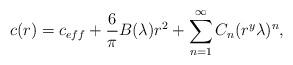
LaTeX: \begin{align*}c(r)=c_{eff}+ \frac{6}{\pi} B(\lambda) r^2 + \sum_{n=1}^{\infty}{C}_n (r^{y}\lambda)^{n},\end{align*}